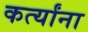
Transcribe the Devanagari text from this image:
कर्त्यांना